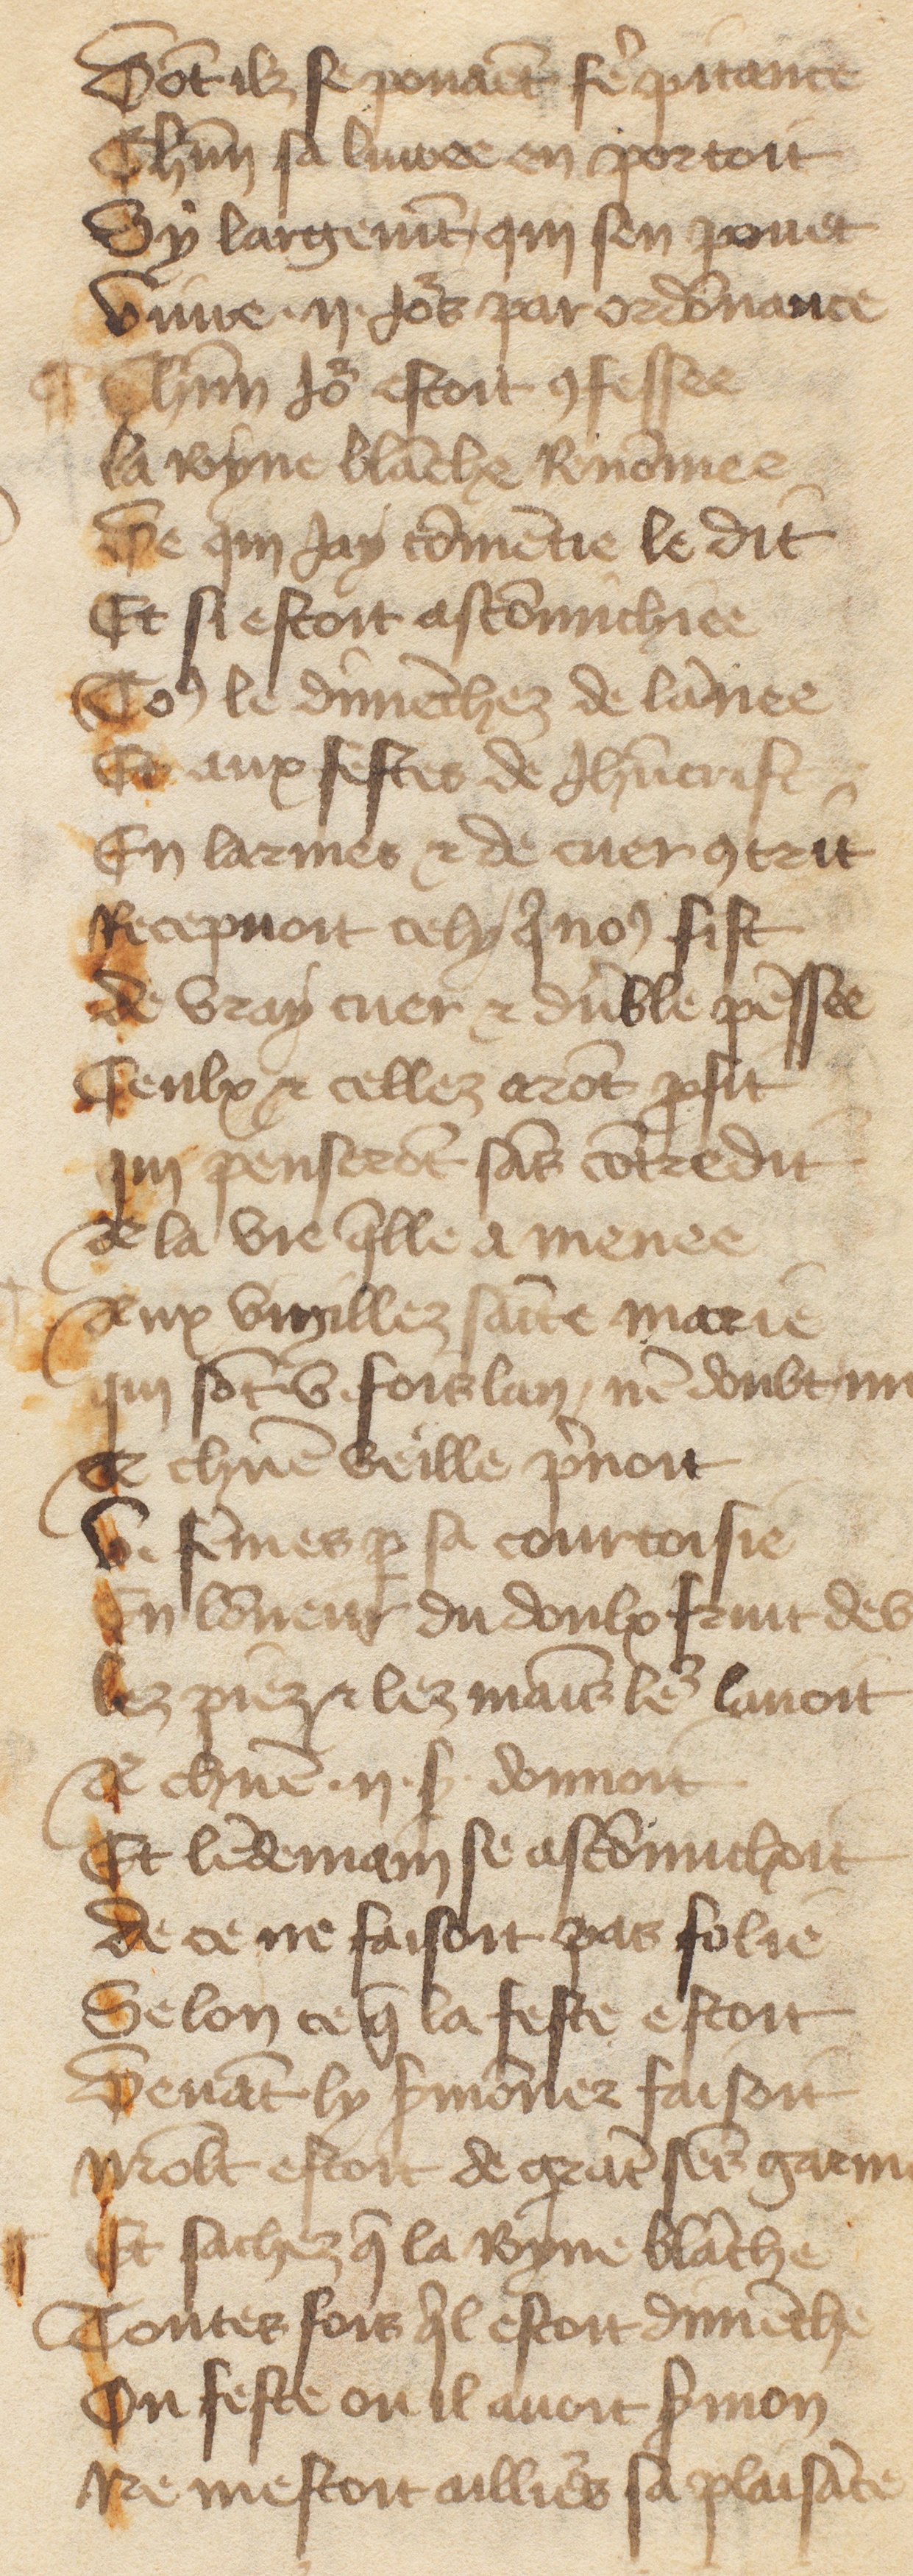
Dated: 1485–1499